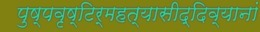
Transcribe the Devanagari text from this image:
पुष्पवृष्टिर्महत्यासीद्दिव्यानां